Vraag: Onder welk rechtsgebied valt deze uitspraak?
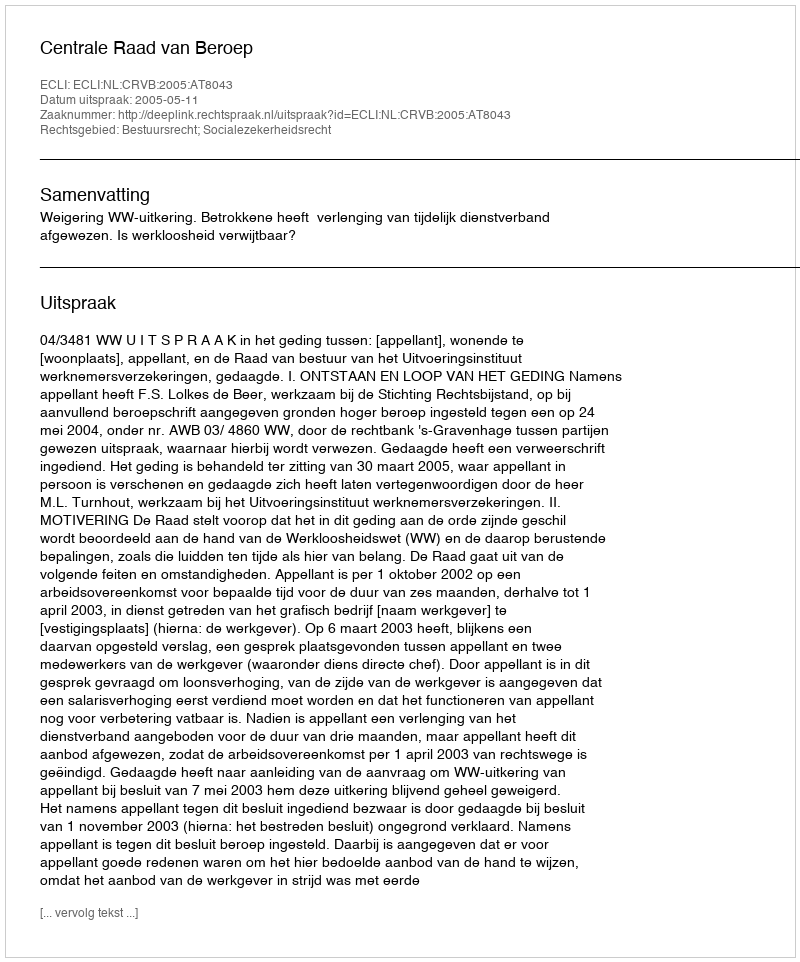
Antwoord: Bestuursrecht; Socialezekerheidsrecht